Annual administration and progress report of the Indian Medical Department, Bombay
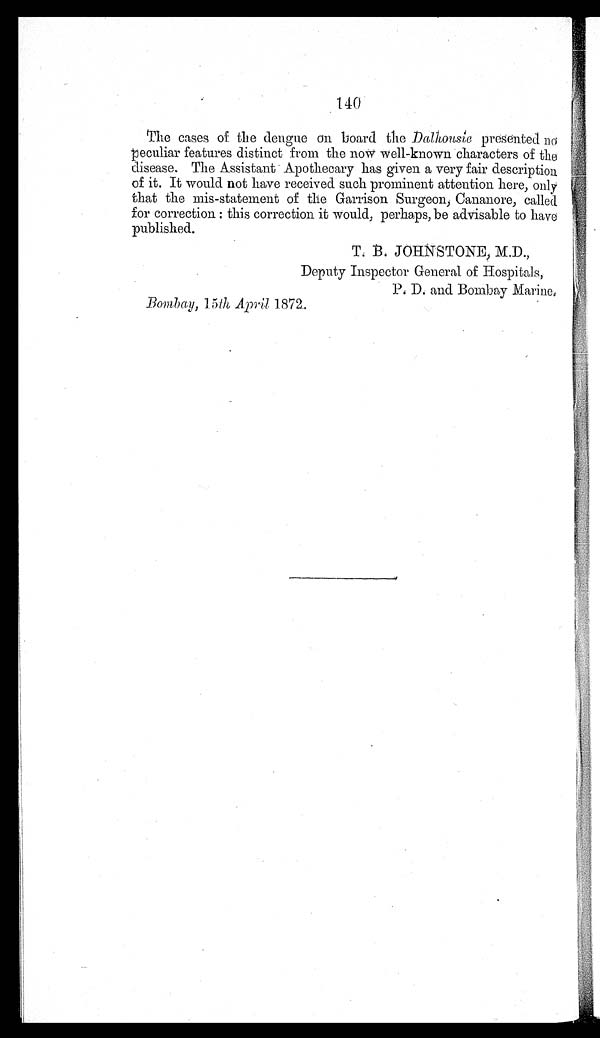
140
The cases of the dengue on board the Dalhousie presented no
peculiar features distinct from the now well-known characters of the
disease. The Assistant Apothecary has given a very fair description
of it. It would not have received such prominent attention here, only
that the mis-statement of the Garrison Surgeon, Cananore, called
for correction : this correction it would, perhaps, be advisable to have
published.
T. B. JOHNSTONE, M.D.,
Deputy Inspector General of Hospitals,
P.D. and Bombay Marine
.
Bombay, 15th April 1872.